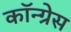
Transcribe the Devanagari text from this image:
कॉन्‍ग्रेस